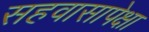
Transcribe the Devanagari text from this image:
सहवासापेक्षा